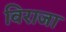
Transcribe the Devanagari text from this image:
विराजा